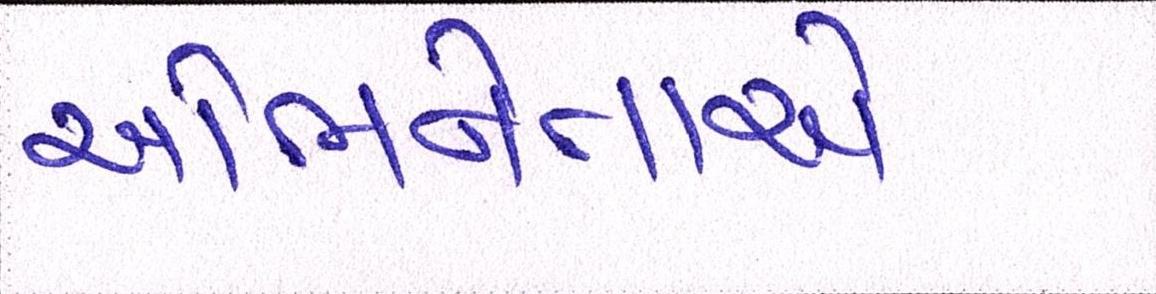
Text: અભિનેતાએ